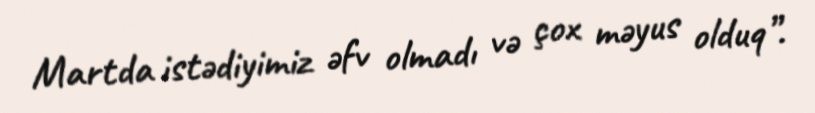
Martda istədiyimiz əfv olmadı və çox məyus olduq”.